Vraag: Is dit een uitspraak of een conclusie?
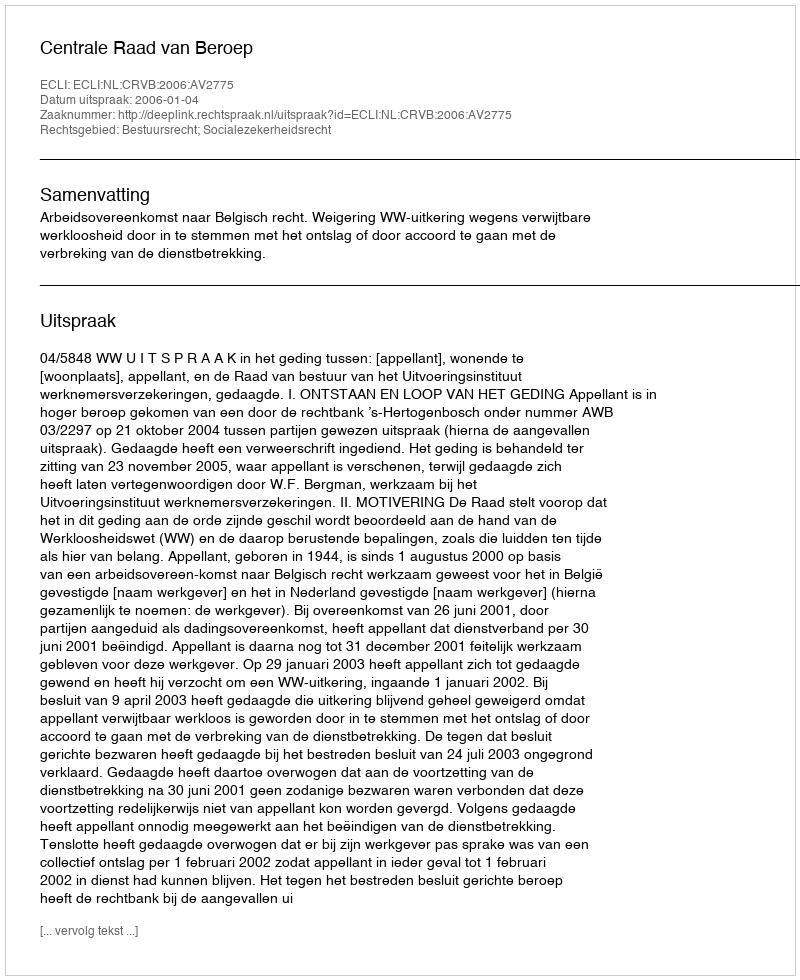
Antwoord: Uitspraak